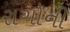
રાગોની